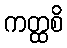
ကတ္ထစိ